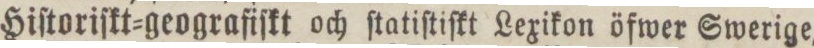
Hiſtoriſkt=geografiſkt och ſtatiſtiſkt Lexikon öfwer Swerige,